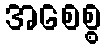
အစေစ္စ